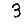
Digit: 3